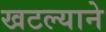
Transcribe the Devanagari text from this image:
खटल्याने